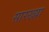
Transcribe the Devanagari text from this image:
सारख्य़ा